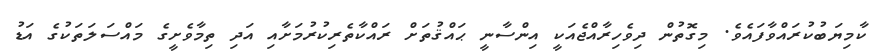
ކާމިޔަބުކުރައްވާފައެވެ. މިގޮތުން ދިވެހިރާއްޖެއަކީ އިންސާނީ ޙައްޤުތަށް ރައްކާތެރިކުރުމަށާއި އަދި ތިމާވެށީގެ މައްސަލަތަކުގެ އަޑު